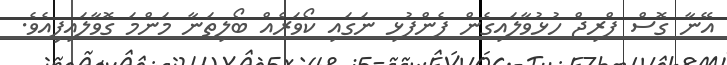
އޭނާ ގޮސް ފްރިޖް ހުޅުވާލައިގެން ފެންފުޅި ނަގައި ކޯވަރެއް ބޯލިތަނާ މަންމަ ގޮވާލައިފިއެވެ.